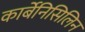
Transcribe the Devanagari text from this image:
कार्बेनिसिलिन